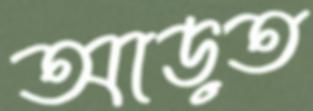
আড়ত